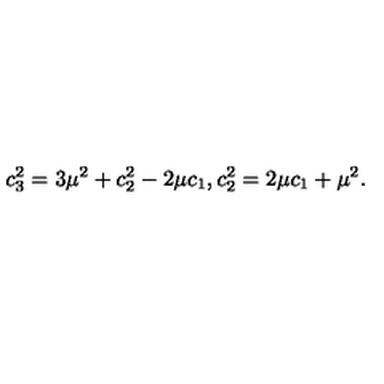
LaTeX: c _ { 3 } ^ { 2 } = 3 \mu ^ { 2 } + c _ { 2 } ^ { 2 } - 2 \mu c _ { 1 } , c _ { 2 } ^ { 2 } = 2 \mu c _ { 1 } + \mu ^ { 2 } .